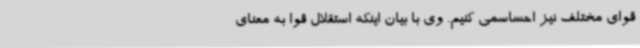
قوای مختلف نیز احساسمی کنیم. وی با بیان اینکه استقلال قوا به معنای